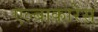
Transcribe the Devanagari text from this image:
एल्बाकारेस